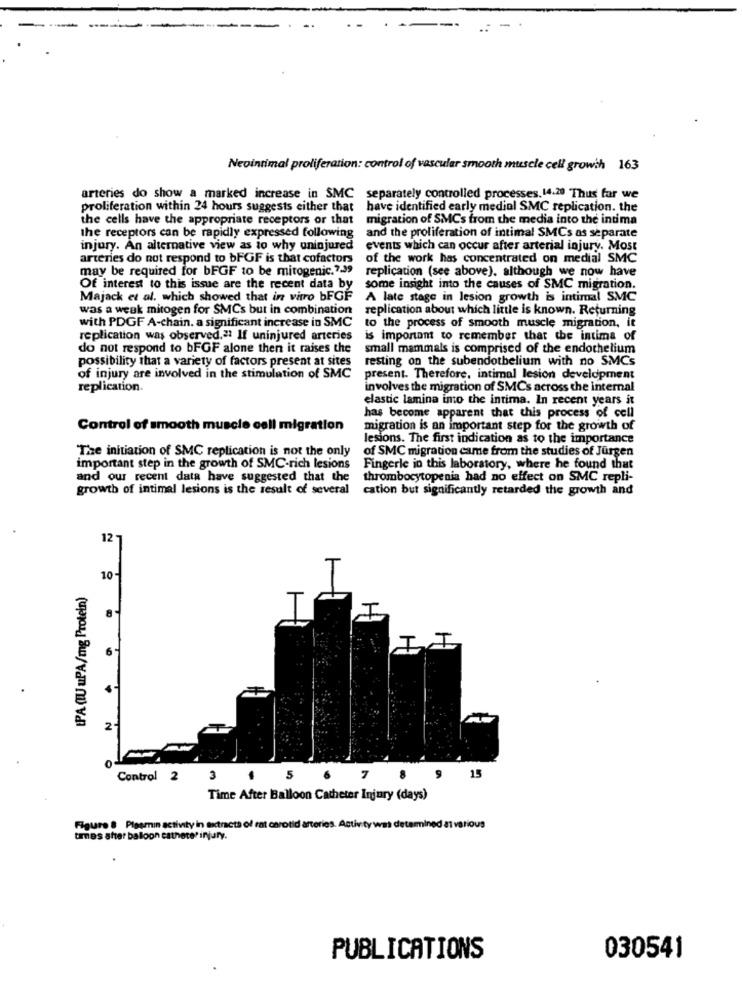
Nevintimal proliferation: control of vascular smooth muscle cell growth 163
arteries do show a marked increase in SMC separately controlled processes. 14.20 Thus far we
proliferation within 24 hours suggests either that
have identified early medial SMC replication. the
the cells have the appropriate receptors or that
migration of SMCs from the media into the intima
the receptors can be rapidly expressed following
and the proliferation of intimal SMCs as separate
injury. An alternative view as io why uninjured
events which can occur after arterial injury. Most
arteries do not respond to bFGF is that cofactors of the work has concentrated on medial SMC
may be required for bFGF to be mitogenic.7.29
replication (see above), although we now have
Of interest to this issue are the recent data by
some insight into the causes of SMC migration.
Majack et al. which showed that in vitro bFGF
A late stage in lesion growth is intimal SMC
was a weak mitogen for SMCs but in combination
replication about which little is known. Returning
with PDGF A-chain. a significant increase in SMC
to the process of smooth muscle migration, it
replication was observed,21 If uninjured arteries
is important to remember that the intima of
do not respond to bFGF alone then it raises the
small mammals is comprised of the endothelium
possibility that a variety of factors present at sites
resting on the subendothelium with no SMCs
of injury are involved in the stimulation of SMC
present. Therefore, intimal lesion development
replication.
involves the migration of SMCs across the internal
elastic lamina into the intima. In recent years it
has become apparent that this process of cell
Control of smooth muscle cell migration
migration is an important step for the growth of
lesions. The first indication as to the importance
The initiation of SMC replication is not the only
of SMC migration came from the studies of Jürgen
important step in the growth of SMC-rich lesions
Fingerle in this laboratory, where he found that
and our recent data have suggested that the
thrombocytopenia had no effect on SMC repli-
growth of intimal lesions is the result of several
cation but significantly retarded the growth and
12
10
IPA (IU uPA/mg Protein)
2
15
Control 2
3
7
Time After Balloon Catheter Injury (days)
Figure 8 Pisemin activity in extracts of rat carotid arteries. Activity was determined at various
times after balloon estheter injury.
PUBLICATIONS
030541